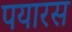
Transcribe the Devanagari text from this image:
पयारस